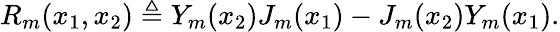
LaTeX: R_{m}(x_{1},x_{2})\triangleq Y_{m}(x_{2})J_{m}(x_{1})-J_{m}(x_{2})Y_{m}(x_{1}).